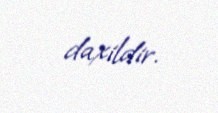
daxildir.